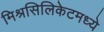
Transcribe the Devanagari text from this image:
मिश्रसिलिकेटमध्ये